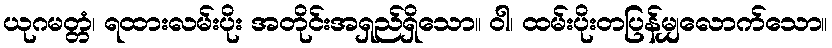
ယုဂမတ္တံ၊ ရထားလမ်းပိုး အတိုင်းအရှည်ရှိသော။ ဝါ၊ ထမ်းပိုးတပြန်မျှလောက်သော။